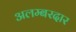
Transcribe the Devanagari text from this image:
अलम्बरदार